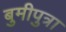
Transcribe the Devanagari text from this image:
बुमीपुत्रा